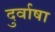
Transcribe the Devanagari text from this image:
दुर्वाषा